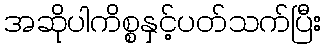
အဆိုပါကိစ္စနှင့်ပတ်သက်ပြီး